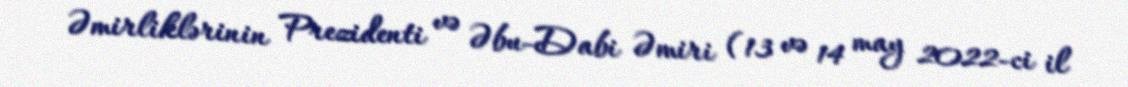
Əmirliklərinin Prezidenti və Əbu-Dabi Əmiri (13 və 14 may 2022-ci il